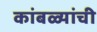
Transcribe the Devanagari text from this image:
कांबळ्यांची